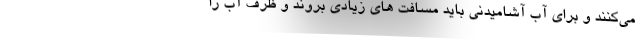
می‌کنند و برای آب آشامیدنی باید مسافت های زیادی بروند و ظرف آب را